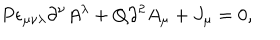
P \epsilon _ { \mu \nu \lambda } \partial ^ { \nu } A ^ { \lambda } + Q \partial ^ { 2 } A _ { \mu } + J _ { \mu } = 0 ,